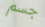
جسم